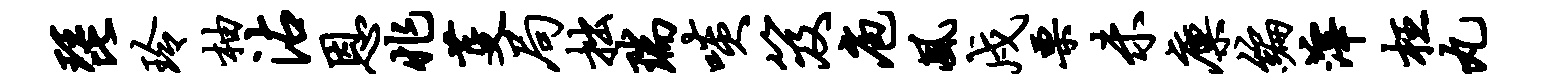
琵玲柚沾恩兆芟局拙瑞啖笈庖风戍栗未廪编滓枉丸